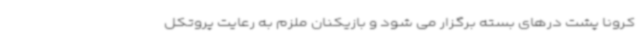
کرونا پشت درهای بسته برگزار می شود و بازیکنان ملزم به رعایت پروتکل